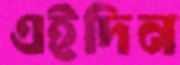
এইদিন